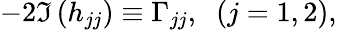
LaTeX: -2\Im\, (h_{jj})\equiv{\Gamma}_{jj},\; \; (j=1,2),